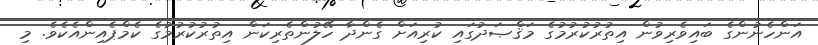
އަންހެނުންގެ ބައިވެރިވުން އިތުރުކުރުމުގެ މަޤްޞަދުގައި ކުރިއަށް ގެންދާ ހޭލުންތެރިކަން އިތުރުކުރުމުގެ ކެމްޕެއިންއެކެވެ. މި